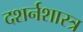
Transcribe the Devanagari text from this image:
दशर्नशास्त्र